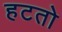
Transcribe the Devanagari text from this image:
हटतो